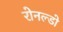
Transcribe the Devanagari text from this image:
रोनल्डो